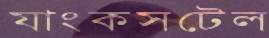
যাংকসটেল